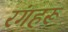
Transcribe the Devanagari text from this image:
रंगहरू